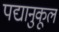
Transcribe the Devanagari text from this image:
पद्यानुकूल